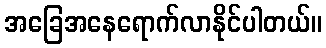
အခြေအနေရောက်လာနိုင်ပါတယ်။